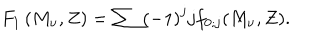
LaTeX: F _ { 1 } \left( M _ { \nu } , Z \right) = \sum \left( - 1 \right) ^ { j } j f _ { 0 ; j } ( M _ { \nu } , Z ) .